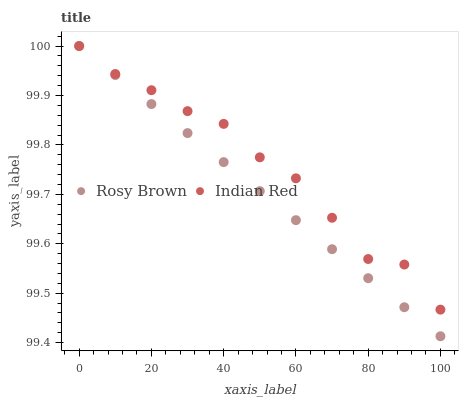
| xaxis_label | Rosy Brown | Indian Red |
 | --- | --- | --- |
 | 0 | 100 | 100 |
 | 10 | 99.9 | 99.9 |
 | 20 | 99.9 | 99.9 |
 | 30 | 99.8 | 99.9 |
 | 40 | 99.8 | 99.8 |
 | 50 | 99.7 | 99.8 |
 | 60 | 99.6 | 99.7 |
 | 70 | 99.6 | 99.7 |
 | 80 | 99.5 | 99.6 |
 | 90 | 99.5 | 99.6 |
 | 100 | 99.4 | 99.5 |